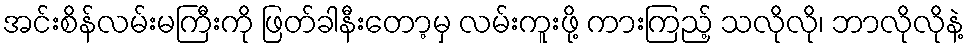
အင်းစိန်လမ်းမကြီးကို ဖြတ်ခါနီးတော့မှ လမ်းကူးဖို့ ကားကြည့် သလိုလို၊ ဘာလိုလိုနဲ့